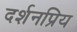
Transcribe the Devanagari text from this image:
दर्शनप्रिय